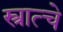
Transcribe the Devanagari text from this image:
स्त्रात्चे